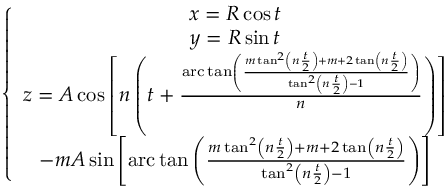
\left\{ \begin{array} { c } { x = R \cos t } \\ { y = R \sin t } \\ { z = A \cos \left[ n \left( t + \frac { \mathrm { a r c } \tan \left( \frac { m \tan ^ { 2 } \left( n \frac { t } { 2 } \right) + m + 2 \tan \left( n \frac { t } { 2 } \right) } { \tan ^ { 2 } \left( n \frac { t } { 2 } \right) - 1 } \right) } { n } \right) \right] } \\ { - m A \sin \left[ \mathrm { a r c } \tan \left( \frac { m \tan ^ { 2 } \left( n \frac { t } { 2 } \right) + m + 2 \tan \left( n \frac { t } { 2 } \right) } { \tan ^ { 2 } \left( n \frac { t } { 2 } \right) - 1 } \right) \right] } \end{array} \right.